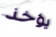
يؤخذ